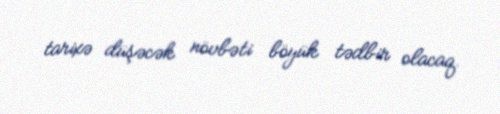
tarixə düşəcək növbəti böyük tədbir olacaq.